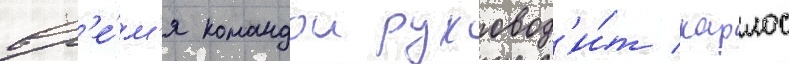
вр'е́м'я командои руковод'и́т карлос